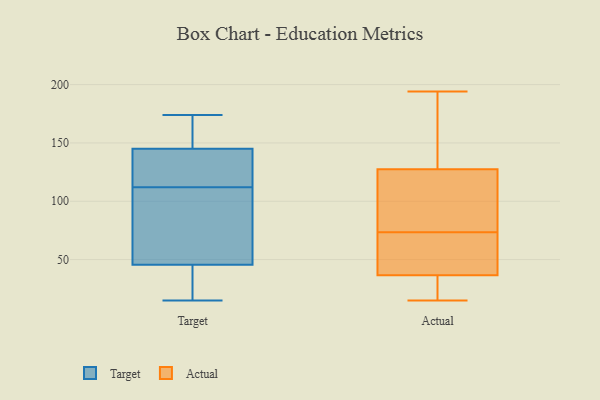
{"axis": {"x": "Revenue (USD Million)", "y": "Value"}, "legend": ["Actual", "Target"], "data": [{"x": "", "y": 17, "type": "Target"}, {"x": "", "y": 23, "type": "Target"}, {"x": "", "y": 65, "type": "Target"}, {"x": "", "y": 36, "type": "Target"}, {"x": "", "y": 98, "type": "Target"}, {"x": "", "y": 136, "type": "Target"}, {"x": "", "y": 174, "type": "Target"}, {"x": "", "y": 115, "type": "Target"}, {"x": "", "y": 170, "type": "Target"}, {"x": "", "y": 117, "type": "Target"}, {"x": "", "y": 130, "type": "Target"}, {"x": "", "y": 38, "type": "Target"}, {"x": "", "y": 53, "type": "Target"}, {"x": "", "y": 109, "type": "Target"}, {"x": "", "y": 154, "type": "Target"}, {"x": "", "y": 96, "type": "Target"}, {"x": "", "y": 136, "type": "Target"}, {"x": "", "y": 15, "type": "Target"}, {"x": "", "y": 161, "type": "Target"}, {"x": "", "y": 167, "type": "Target"}, {"x": "", "y": 71, "type": "Actual"}, {"x": "", "y": 166, "type": "Actual"}, {"x": "", "y": 15, "type": "Actual"}, {"x": "", "y": 185, "type": "Actual"}, {"x": "", "y": 125, "type": "Actual"}, {"x": "", "y": 33, "type": "Actual"}, {"x": "", "y": 40, "type": "Actual"}, {"x": "", "y": 194, "type": "Actual"}, {"x": "", "y": 28, "type": "Actual"}, {"x": "", "y": 176, "type": "Actual"}, {"x": "", "y": 22, "type": "Actual"}, {"x": "", "y": 108, "type": "Actual"}, {"x": "", "y": 87, "type": "Actual"}, {"x": "", "y": 72, "type": "Actual"}, {"x": "", "y": 75, "type": "Actual"}, {"x": "", "y": 44, "type": "Actual"}, {"x": "", "y": 45, "type": "Actual"}, {"x": "", "y": 21, "type": "Actual"}, {"x": "", "y": 94, "type": "Actual"}, {"x": "", "y": 130, "type": "Actual"}]}